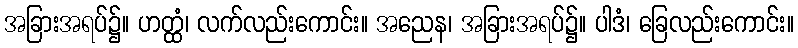
အခြားအရပ်၌။ ဟတ္ထံ၊ လက်လည်းကောင်း။ အညေန၊ အခြားအရပ်၌။ ပါဒံ၊ ခြေလည်းကောင်း။